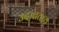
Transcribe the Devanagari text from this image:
उदात्ततव्य